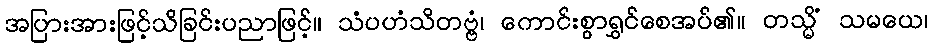
အပြားအားဖြင့်သိခြင်းပညာဖြင့်။ သံပဟံသိတဗ္ဗံ၊ ကောင်းစွာရွှင်စေအပ်၏။ တသ္မိံ သမယေ၊